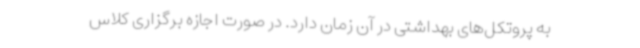
به پروتکل‌های بهداشتی در آن زمان دارد. در صورت اجازه برگزاری کلاس